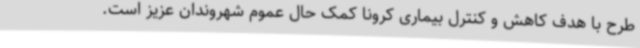
طرح با هدف کاهش و کنترل بیماری کرونا کمک حال عموم شهروندان عزیز است.